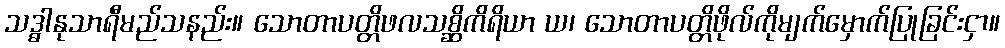
သဒ္ဓါနုသာရီမည်သနည်း။ သောတာပတ္တိဖလသစ္ဆိကိရိယာ ယ၊ သောတာပတ္တိဖိုလ်ကိုမျက်မှောက်ပြုခြင်းငှာ။